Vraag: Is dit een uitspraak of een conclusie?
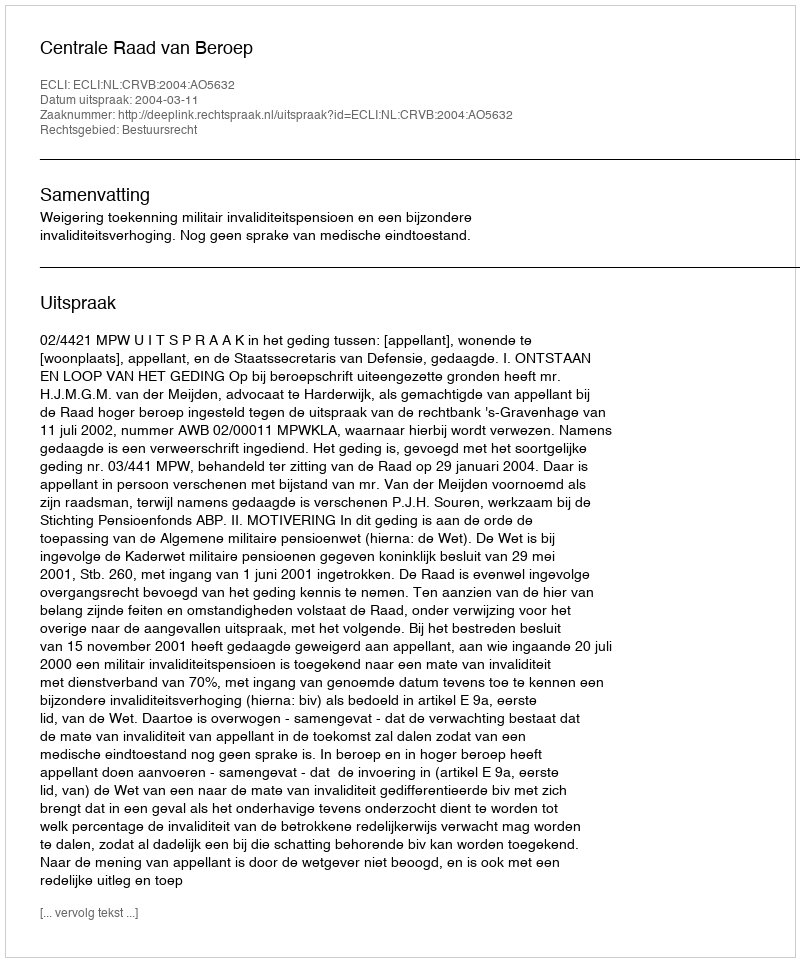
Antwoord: Uitspraak